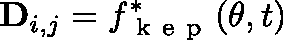
\mathbf { D } _ { i , j } = f _ { \mathrm { ~ k ~ e ~ p ~ } } ^ { * } ( \mathbf { \theta } , t )